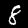
Label: 8